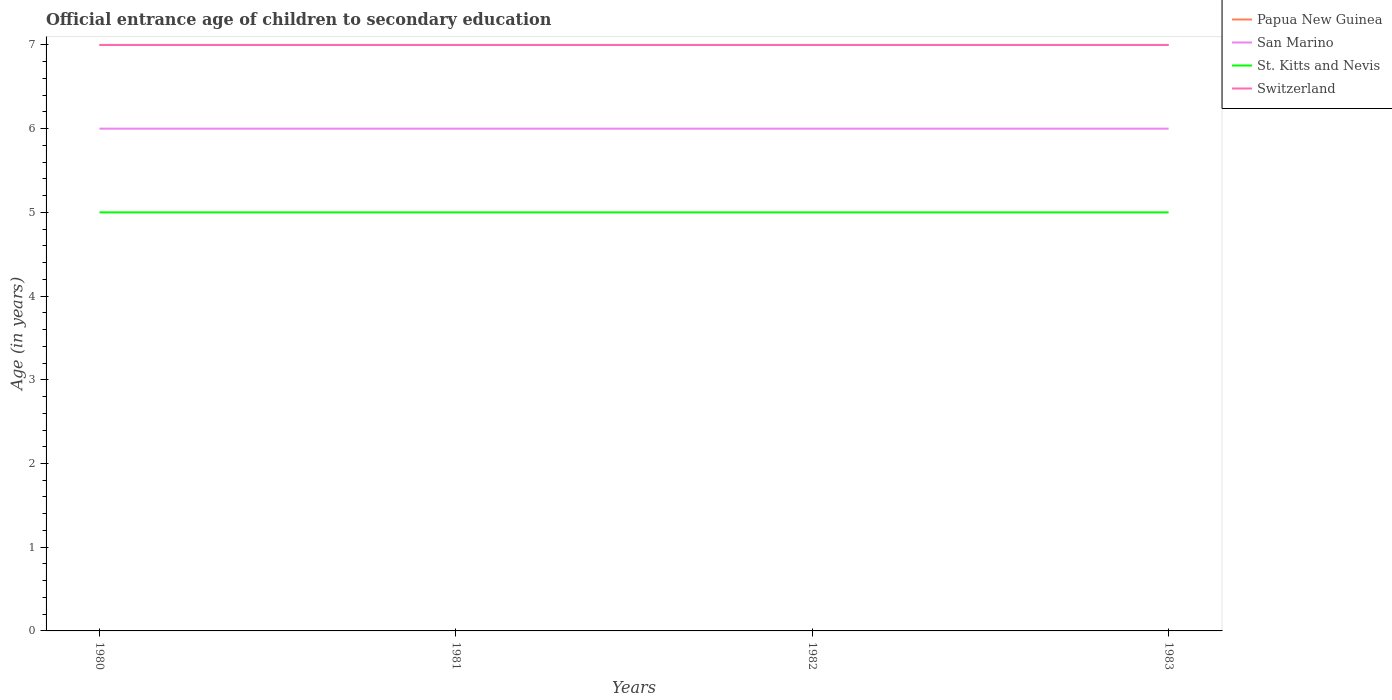
| Years | Papua New Guinea | San Marino | St. Kitts and Nevis | Switzerland |
 | --- | --- | --- | --- | --- |
 | 1980 | 7 | 6 | 5 | 7 |
 | 1981 | 7 | 6 | 5 | 7 |
 | 1982 | 7 | 6 | 5 | 7 |
 | 1983 | 7 | 6 | 5 | 7 |